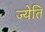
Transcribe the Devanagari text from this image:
ज्येति